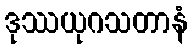
ဒုဿယုဂသတာနံ